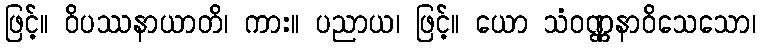
ဖြင့်။ ဝိပဿနာယာတိ၊ ကား။ ပညာယ၊ ဖြင့်။ ယော သံဝဏ္ဏနာဝိသေသော၊